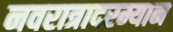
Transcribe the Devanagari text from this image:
नवरात्रादरम्यान